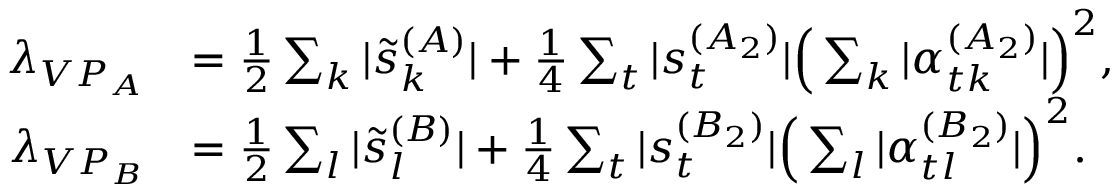
\begin{array} { r l } { \lambda _ { V P _ { A } } } & { = \frac { 1 } { 2 } \sum _ { k } | \tilde { s } _ { k } ^ { ( A ) } | + \frac { 1 } { 4 } \sum _ { t } | s _ { t } ^ { ( A _ { 2 } ) } | \Big ( \sum _ { k } | \alpha _ { t k } ^ { ( A _ { 2 } ) } | \Big ) ^ { 2 } , } \\ { \lambda _ { V P _ { B } } } & { = \frac { 1 } { 2 } \sum _ { l } | \tilde { s } _ { l } ^ { ( B ) } | + \frac { 1 } { 4 } \sum _ { t } | s _ { t } ^ { ( B _ { 2 } ) } | \Big ( \sum _ { l } | \alpha _ { t l } ^ { ( B _ { 2 } ) } | \Big ) ^ { 2 } . } \end{array}